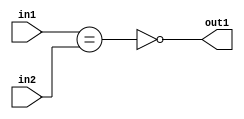
`timescale 1ps / 1ps
/*****************************************************************************
    Verilog RTL Description
    
    
    Created by: CellMath Designer 2019.1.01 
*******************************************************************************/

module DFT_compute_NotEQ_1Ux1U_1U_4 (
	in2,
	in1,
	out1
	); /* architecture "behavioural" */ 
input  in2,
	in1;
output  out1;
wire  asc001,
	asc002;

assign asc002 = (in1==in2);

assign asc001 = 
	((~asc002));

assign out1 = asc001;
endmodule

/* CADENCE  ubL5TQk= : u9/ySgnWtBlWxVPRXgAZ4Og= ** DO NOT EDIT THIS LINE ******/